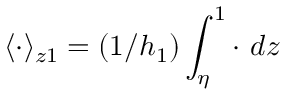
\langle \cdot \rangle _ { z 1 } = ( 1 / h _ { 1 } ) \int _ { \eta } ^ { 1 } \cdot \ d z